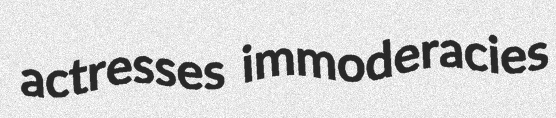
actresses immoderacies